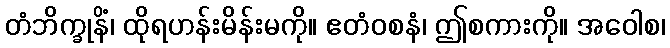
တံဘိက္ခုနိံ၊ ထိုရဟန်းမိန်းမကို။ ဧတံဝစနံ၊ ဤစကားကို။ အဝေါစ၊